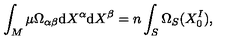
\int _ { M } \mu \Omega _ { \alpha \beta } \mathrm { d } X ^ { \alpha } \mathrm { d } X ^ { \beta } = n \int _ { S } \Omega _ { S } ( X _ { 0 } ^ { I } ) ,